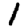
Digit: 1